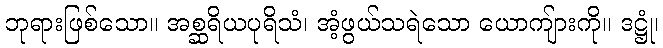
ဘုရားဖြစ်သော။ အစ္ဆရိယပုရိသံ၊ အံ့ဖွယ်သရဲသော ယောကျ်ားကို။ ဒဋ္ဌုံ၊